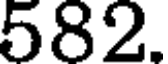
582.